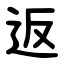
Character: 返